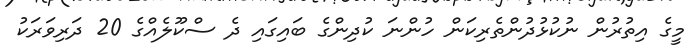
މީގެ އިތުރުން ނުކުޅުދުންތެރިކަން ހުންނަ ކުދިންގެ ބައިގައި ދެ ސްކޫލެއްގެ 20 ދަރިވަރަކު